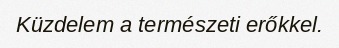
Küzdelem a természeti erőkkel.